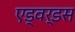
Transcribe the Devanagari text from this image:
एड्वर्डस